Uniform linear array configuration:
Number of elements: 12
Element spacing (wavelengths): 1
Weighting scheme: kaiser
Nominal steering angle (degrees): -15
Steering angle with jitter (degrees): -13.619
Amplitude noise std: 0.05
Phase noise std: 0.05

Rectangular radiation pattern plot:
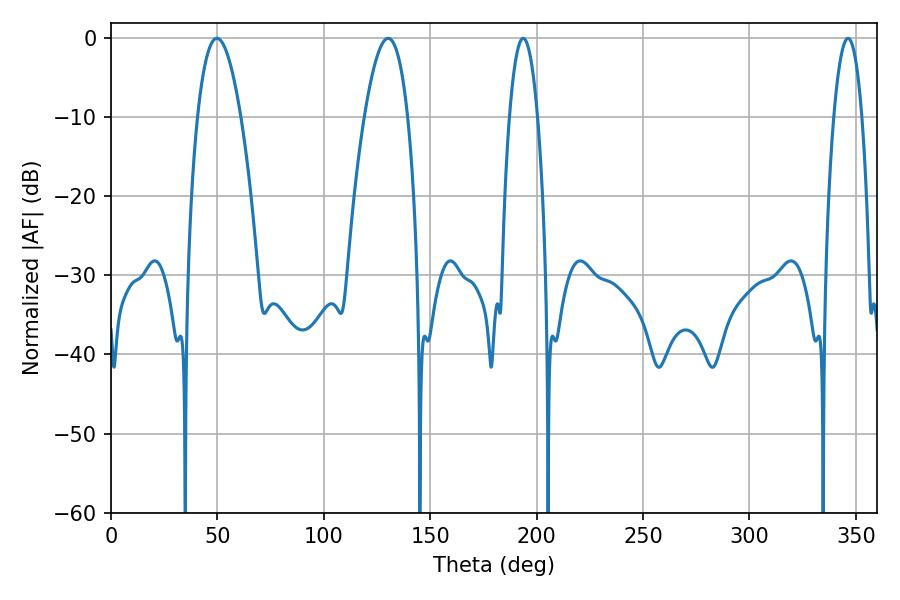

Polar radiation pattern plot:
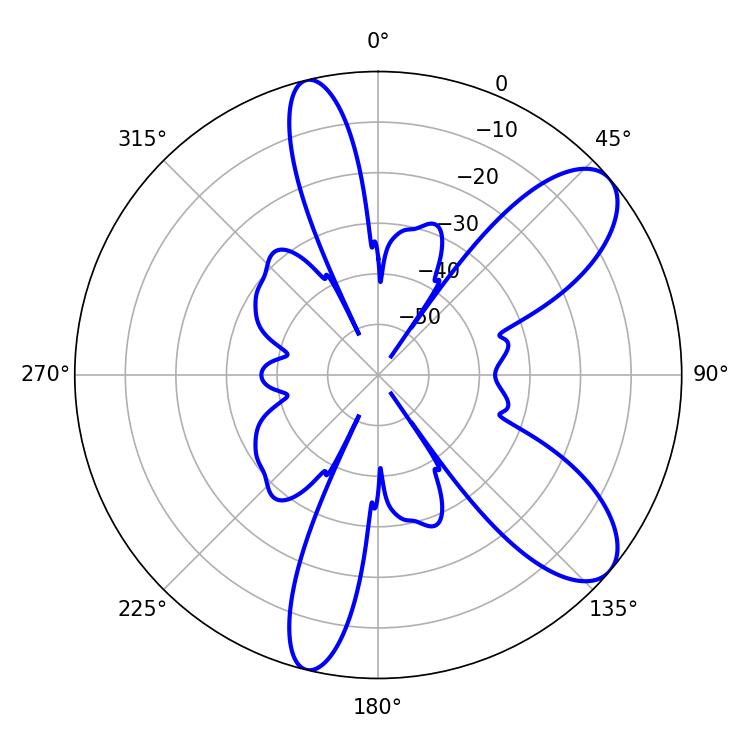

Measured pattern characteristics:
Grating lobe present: TRUE
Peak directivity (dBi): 8.922
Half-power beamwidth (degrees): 7.38
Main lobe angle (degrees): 193.68